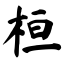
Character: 桓